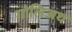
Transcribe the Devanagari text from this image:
गोलिअथ